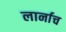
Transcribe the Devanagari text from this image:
लार्नाच